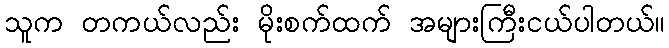
သူက တကယ်လည်း မိုးစက်ထက် အများကြီးငယ်ပါတယ်။